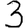
Digit: 3